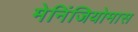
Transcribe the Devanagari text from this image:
मेनिंजियोमास